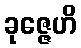
ခုဇ္ဇေဟိ